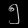
Digit: ၅